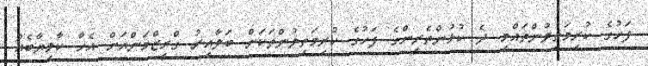
ފަހުގެ ކުރިމަތިލުންތައްމި ދެ ކުޅުންތެރީންގެ ފަހުގެ ކުރިމަތިލުންތަކަށް ބަލާއިރު ގްރީޒްމަންއަށް އެހާ ކާމިޔާބެއް